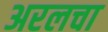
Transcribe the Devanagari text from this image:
अरलचा